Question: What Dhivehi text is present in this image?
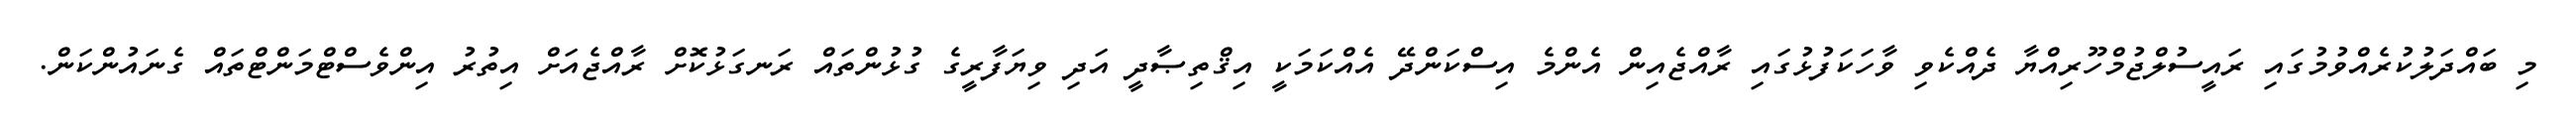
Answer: މި ބައްދަލުކުރެއްވުމުގައި ރައީސުލްޖުމްހޫރިއްޔާ ދެއްކެވި ވާހަކަފުޅުގައި ރާއްޖެއިން އެންމެ އިސްކަންދޭ އެއްކަމަކީ އިޤްތިޞާދީ އަދި ވިޔަފާރީގެ ގުޅުންތައް ރަނގަޅުކޮށް ރާއްޖެއަށް އިތުރު އިންވެސްޓްމަންޓްތައް ގެނައުންކަން.